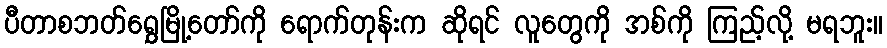
ပီတာစဘတ်ရွှေမြို့တော်ကို ရောက်တုန်းက ဆိုရင် လူတွေကို အစ်ကို ကြည့်လို့ မရဘူး။